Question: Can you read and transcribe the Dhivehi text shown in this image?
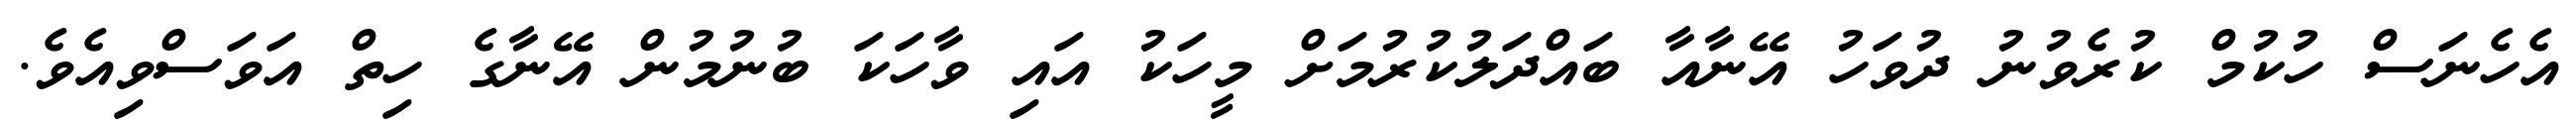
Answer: އެހެނަސް ހުކުމް ކުރެވުނު ދުވަހު އޭނާއާ ބައްދަލުކުރުމަށް މީހަކު އައި ވާހަކަ ބުނުމުން އޭނާގެ ހިތް އަވަސްވިއެވެ.